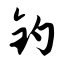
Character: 钓